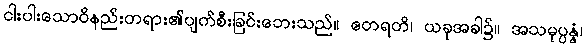
ငါးပါးသောဝိနည်းတရား၏ပျက်စီးခြင်းဘေးသည်။ ဧတရတိ၊ ယခုအခါ၌။ အသမုပ္ပန္နံ၊